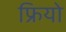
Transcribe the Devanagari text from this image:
फ्रियो